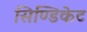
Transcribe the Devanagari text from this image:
सिण्डिकेट